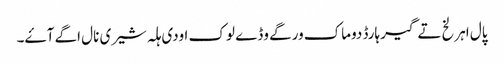
پال اہرلخ تے گیرہارڈ دوماک ورگے وڈے لوک اودی ہلہ شیری نال اگے آۓ۔